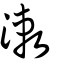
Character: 潄